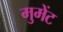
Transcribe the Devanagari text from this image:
मुमेंट